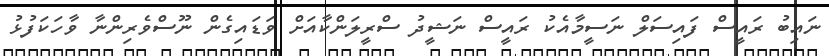
ނައިބު ރައީސް ފައިސަލް ނަސީމާއެކު ރައީސް ނަޝީދު ސްރީލަންކާއަށް ވަޑައިގެން ނޫސްވެރިންނާ ވާހަކަފުޅު